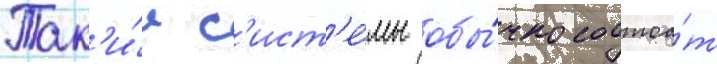
Так'и́е с'ист'е́мы обы́чно состоа́т